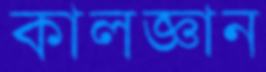
কালজ্ঞান